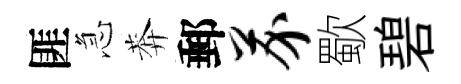
匪急莾郵芥歜碧